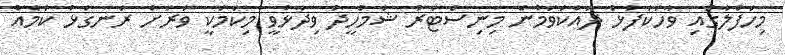
މިހަފްލާގައި ވާހަކަފުޅު ދައްކަވަމުން މިނިސްޓަރު ޝަމްހީދު ވިދާޅުވީ މިކަމަކީ ވަރަށް ރަނގަޅު ކަމެއް